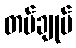
တပ်ချုပ်